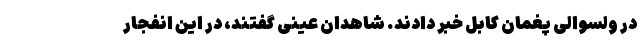
در ولسوالی پغمان کابل خبر دادند. شاهدان عینی گفتند، در این انفجار